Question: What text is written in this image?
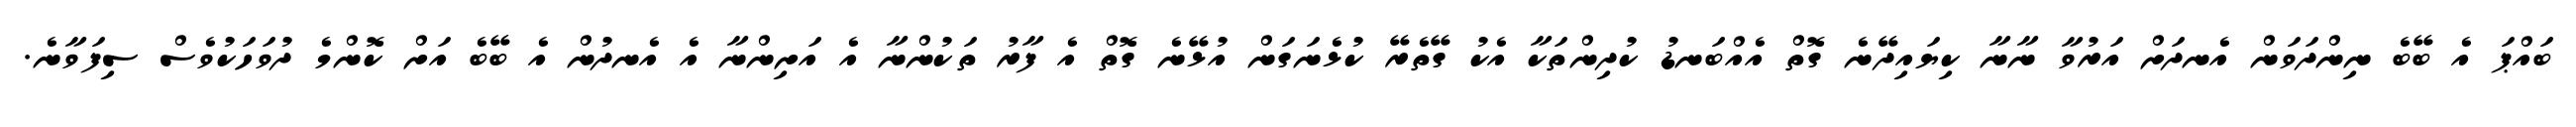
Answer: ބައްޕަ އެ ބޭބެ ނިންދަވަން އެނދަށް އަރުވާ ނާނާ ކިޔައިދޭނެ ގޮތް އެއްބަނޑު ކުދިންތަކާ އެކު ގޭތެރޭ ކުޅެނަގަން އުޅޭނެ ގޮތް އެ ފާރު ތަކުންނާ އެ އަށިންނާ އެ އެނދުން އެ ބޭބެ އަށް ކޮންމެ ދުވަހަކުވެސް ސިފަވާނެ.